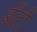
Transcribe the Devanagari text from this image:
बॅंटी